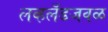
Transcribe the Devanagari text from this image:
लव्हलँडजवळ